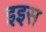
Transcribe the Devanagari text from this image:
इइस